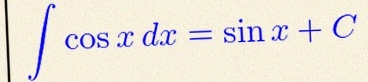
\int \cos x\,dx=\sin x+C